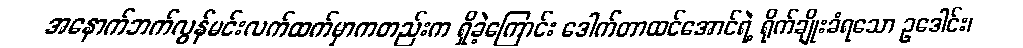
အနောက်ဘက်လွန်မင်းလက်ထက်မှာကတည်းက ရှိခဲ့ကြောင်း ဒေါက်တာထင်အောင်ရဲ့ ရိုက်ချိုးခံရသော ဥဒေါင်း၊